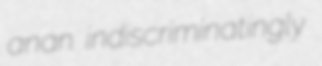
anan indiscriminatingly